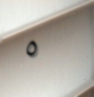
٥